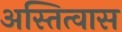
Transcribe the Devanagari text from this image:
अस्तित्वास